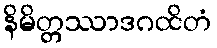
နိမိတ္တဿာဒဂထိတံ